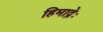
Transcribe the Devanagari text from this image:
हिमाद्रेः